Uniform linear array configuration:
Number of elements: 16
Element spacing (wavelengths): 0.25
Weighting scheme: hamming
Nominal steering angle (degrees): -30
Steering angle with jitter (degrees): -31.078
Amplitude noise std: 0.05
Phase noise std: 0.05

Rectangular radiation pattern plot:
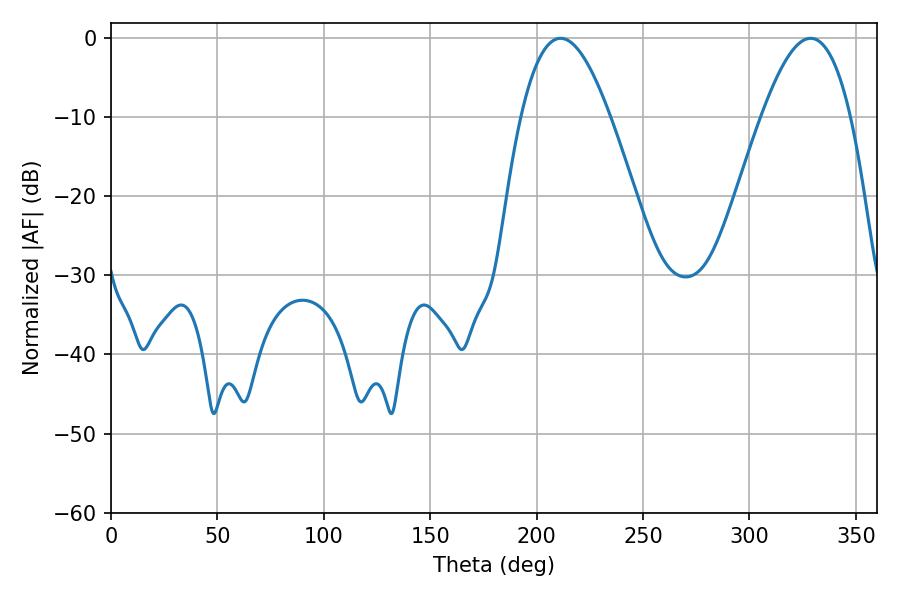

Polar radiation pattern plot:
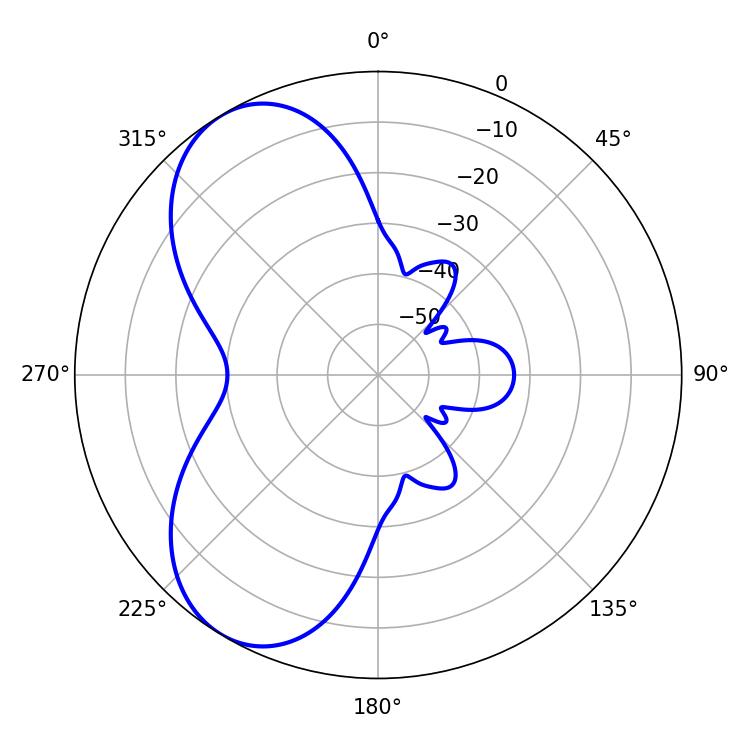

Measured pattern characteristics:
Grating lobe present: FALSE
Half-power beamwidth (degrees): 22.86
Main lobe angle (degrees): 211.32